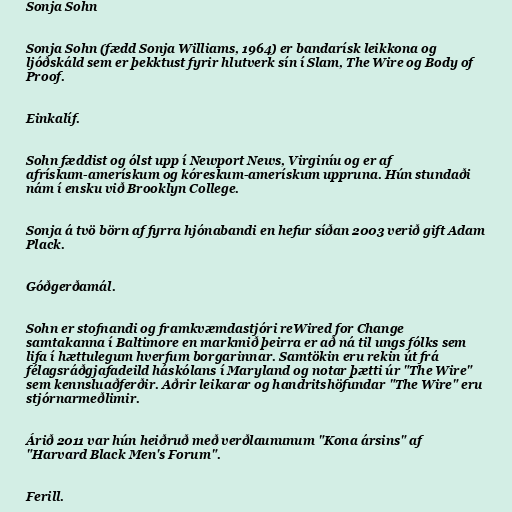
Sonja Sohn

Sonja Sohn (fædd Sonja Williams, 1964) er bandarísk leikkona og
ljóðskáld sem er þekktust fyrir hlutverk sín í Slam, The Wire og Body of
Proof.

Einkalíf.

Sohn fæddist og ólst upp í Newport News, Virginíu og er af
afrískum-amerískum og kóreskum-amerískum uppruna. Hún stundaði
nám í ensku við Brooklyn College.

Sonja á tvö börn af fyrra hjónabandi en hefur síðan 2003 verið gift Adam
Plack.

Góðgerðamál.

Sohn er stofnandi og framkvæmdastjóri reWired for Change
samtakanna í Baltimore en markmið þeirra er að ná til ungs fólks sem
lifa í hættulegum hverfum borgarinnar. Samtökin eru rekin út frá
félagsráðgjafadeild háskólans í Maryland og notar þætti úr "The Wire"
sem kennsluaðferðir. Aðrir leikarar og handritshöfundar "The Wire" eru
stjórnarmeðlimir.

Árið 2011 var hún heiðruð með verðlaununum "Kona ársins" af
"Harvard Black Men's Forum".

Ferill.